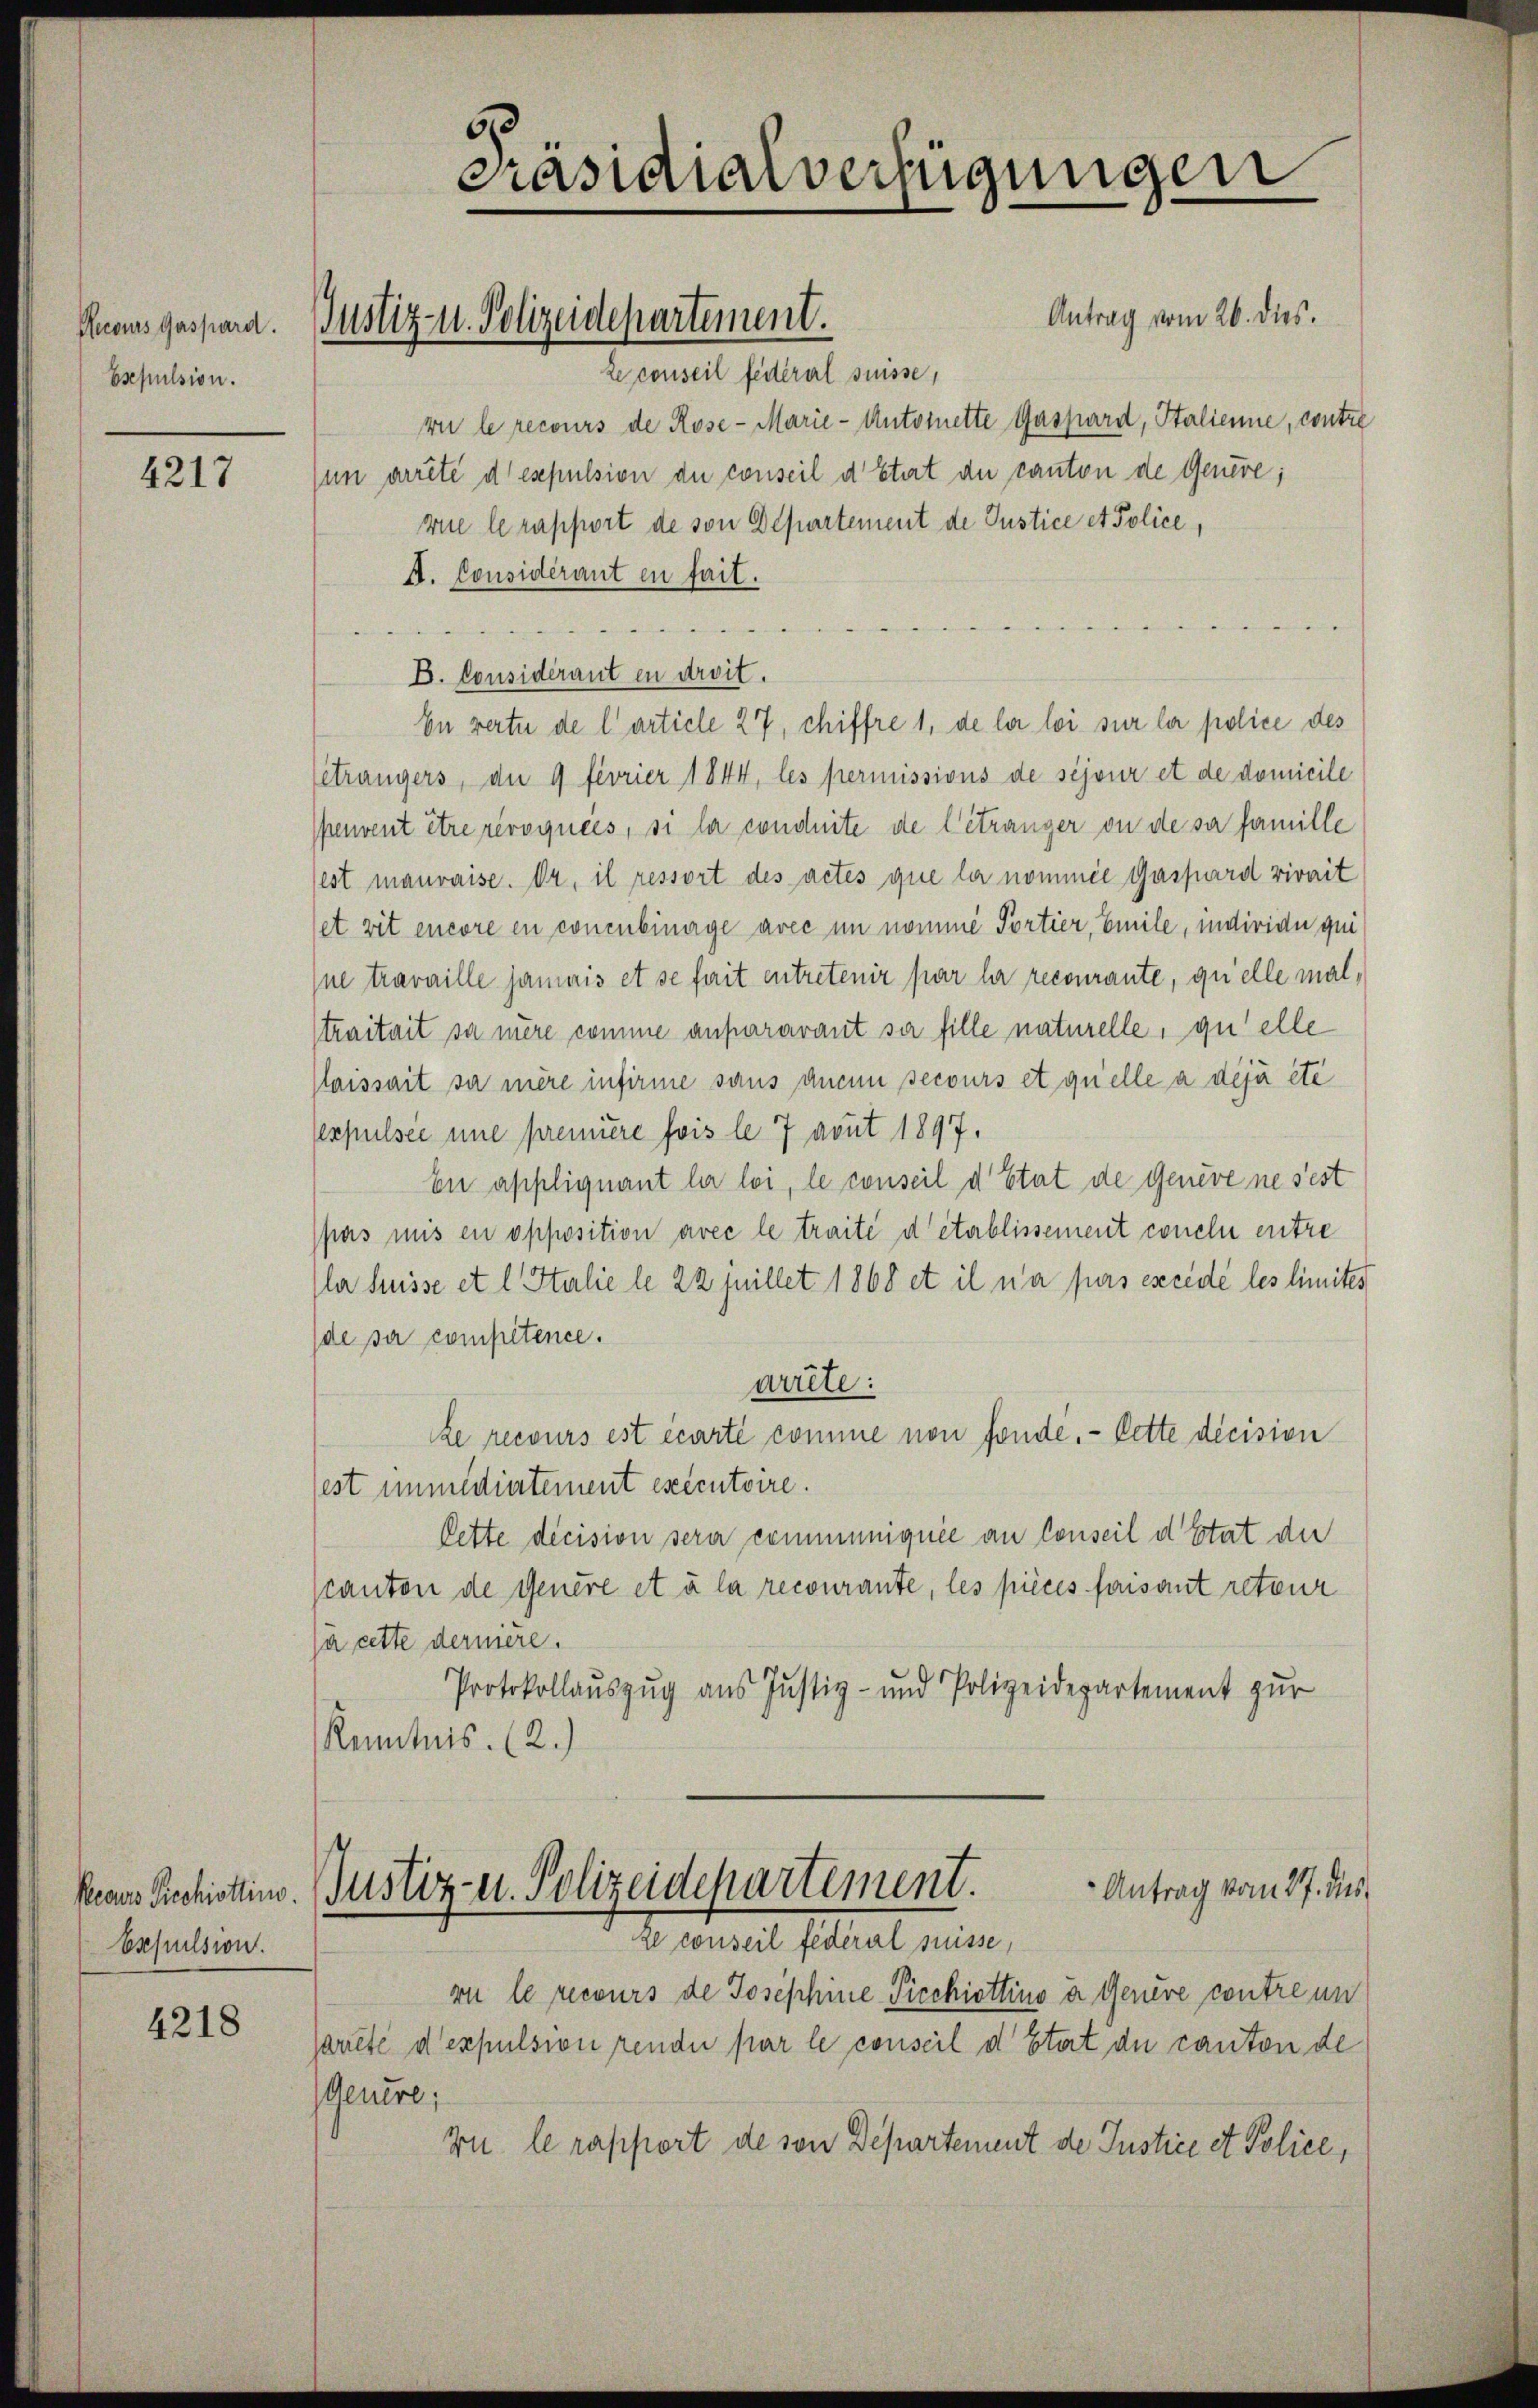
Recours Gaspard.
Esepulsion.

4217

bepulsion.

4218

Präsidialverfügungen

Antrag vom 26. dies.
Le conseil fédéral suisse,
vi le recours de Rose - Marie - Antoinette Gaspard, Stalienne, contre
in arrete desepulsion du conseil d Etert du canton de Genere;
vie le rapport de von Departement de Justice et Police,
A. Considérant en fait.

B. Considérant en droit.
En verte de l’article 27, chiffre 1, de la loi sur le police des
eträngers, an 4 fivrier 1844, les permissions de séjour et de domicile
peuvent être révoquées, si la conduite de l’étranger ou de sa famille
est mauvaise. Dr. il ressort des actes que la nommée Gaspard vivait
et vit encore en concubinage avec in nomme Portier, Emile, individu qui
ine travaille jamais et se fait entretenir par la recourante, quelle mal,
traitait sa mère comme anpararant sie fille naturelle, qu’elle
laissait sa mère infirme sans anein secours et quelle a déjà été
expulsee une prennere fois le 7 avut 1897.
En appliquant la loi, le conseil d’Etat de Genere ne sest
pas mis en opposition avec le traité d’établissement conclu entre
ler Küsse et l. Stalie le 22 juillet 1868 et il ne fürs excède les limites
de sa compétence.
arrête:
de recours est écarte comme non fonde. Cette décision
est immediertement exécutoire.
Cette decision sera communiquée an Conseil d’Etat der
canton de Genere et à la recourante, les pièces faisant retour
à cette dernière.
Protokollaŭszŭg ans Justiz- und Polizeidepartement zŭr
Kenntnis. (2.)
Antrag vom 27. dies
kears Piechistins Justiz- u. Polizeidepartement.
Ze conseil fédéral suisse,
ri le recours de Josephine Picchiottino a Genere contre un
sartete d expulsion rende par le conseil d’Etat de canton de
Genere,
vu le rapport de von Departement de Justice et Police,

Justiz- u. Polizeidepartement.